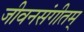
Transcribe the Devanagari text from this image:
जीवनसंगीतम्